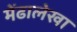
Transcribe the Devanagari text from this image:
मेंढालेखा